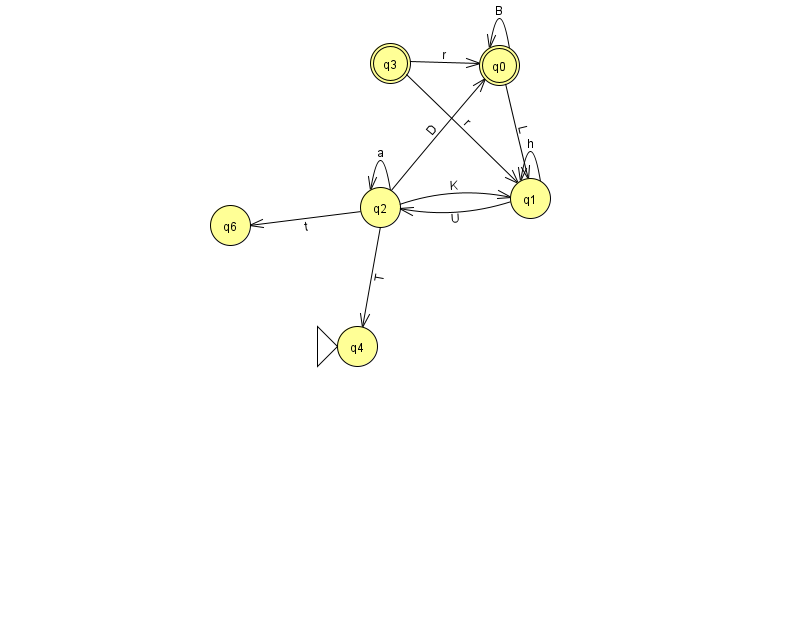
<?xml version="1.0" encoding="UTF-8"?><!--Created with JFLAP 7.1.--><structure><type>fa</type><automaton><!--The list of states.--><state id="0" name="q0"><x>499.0</x><y>52.0</y><final/></state><state id="1" name="q1"><x>530.0</x><y>185.0</y></state><state id="2" name="q2"><x>380.0</x><y>194.0</y></state><state id="3" name="q3"><x>390.0</x><y>50.0</y><final/></state><state id="4" name="q4"><x>357.0</x><y>333.0</y><initial/></state><state id="6" name="q6"><x>230.0</x><y>212.0</y></state><!--The list of transitions.--><transition><from>0</from><to>1</to><read>L</read></transition><transition><from>2</from><to>1</to><read>K</read></transition><transition><from>2</from><to>2</to><read>a</read></transition><transition><from>0</from><to>0</to><read>B</read></transition><transition><from>2</from><to>0</to><read>D</read></transition><transition><from>3</from><to>1</to><read>r</read></transition><transition><from>2</from><to>4</to><read>T</read></transition><transition><from>1</from><to>1</to><read>h</read></transition><transition><from>2</from><to>6</to><read>t</read></transition><transition><from>3</from><to>0</to><read>r</read></transition><transition><from>1</from><to>2</to><read>U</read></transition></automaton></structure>